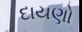
દાયણો